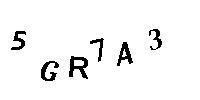
5GR7A3